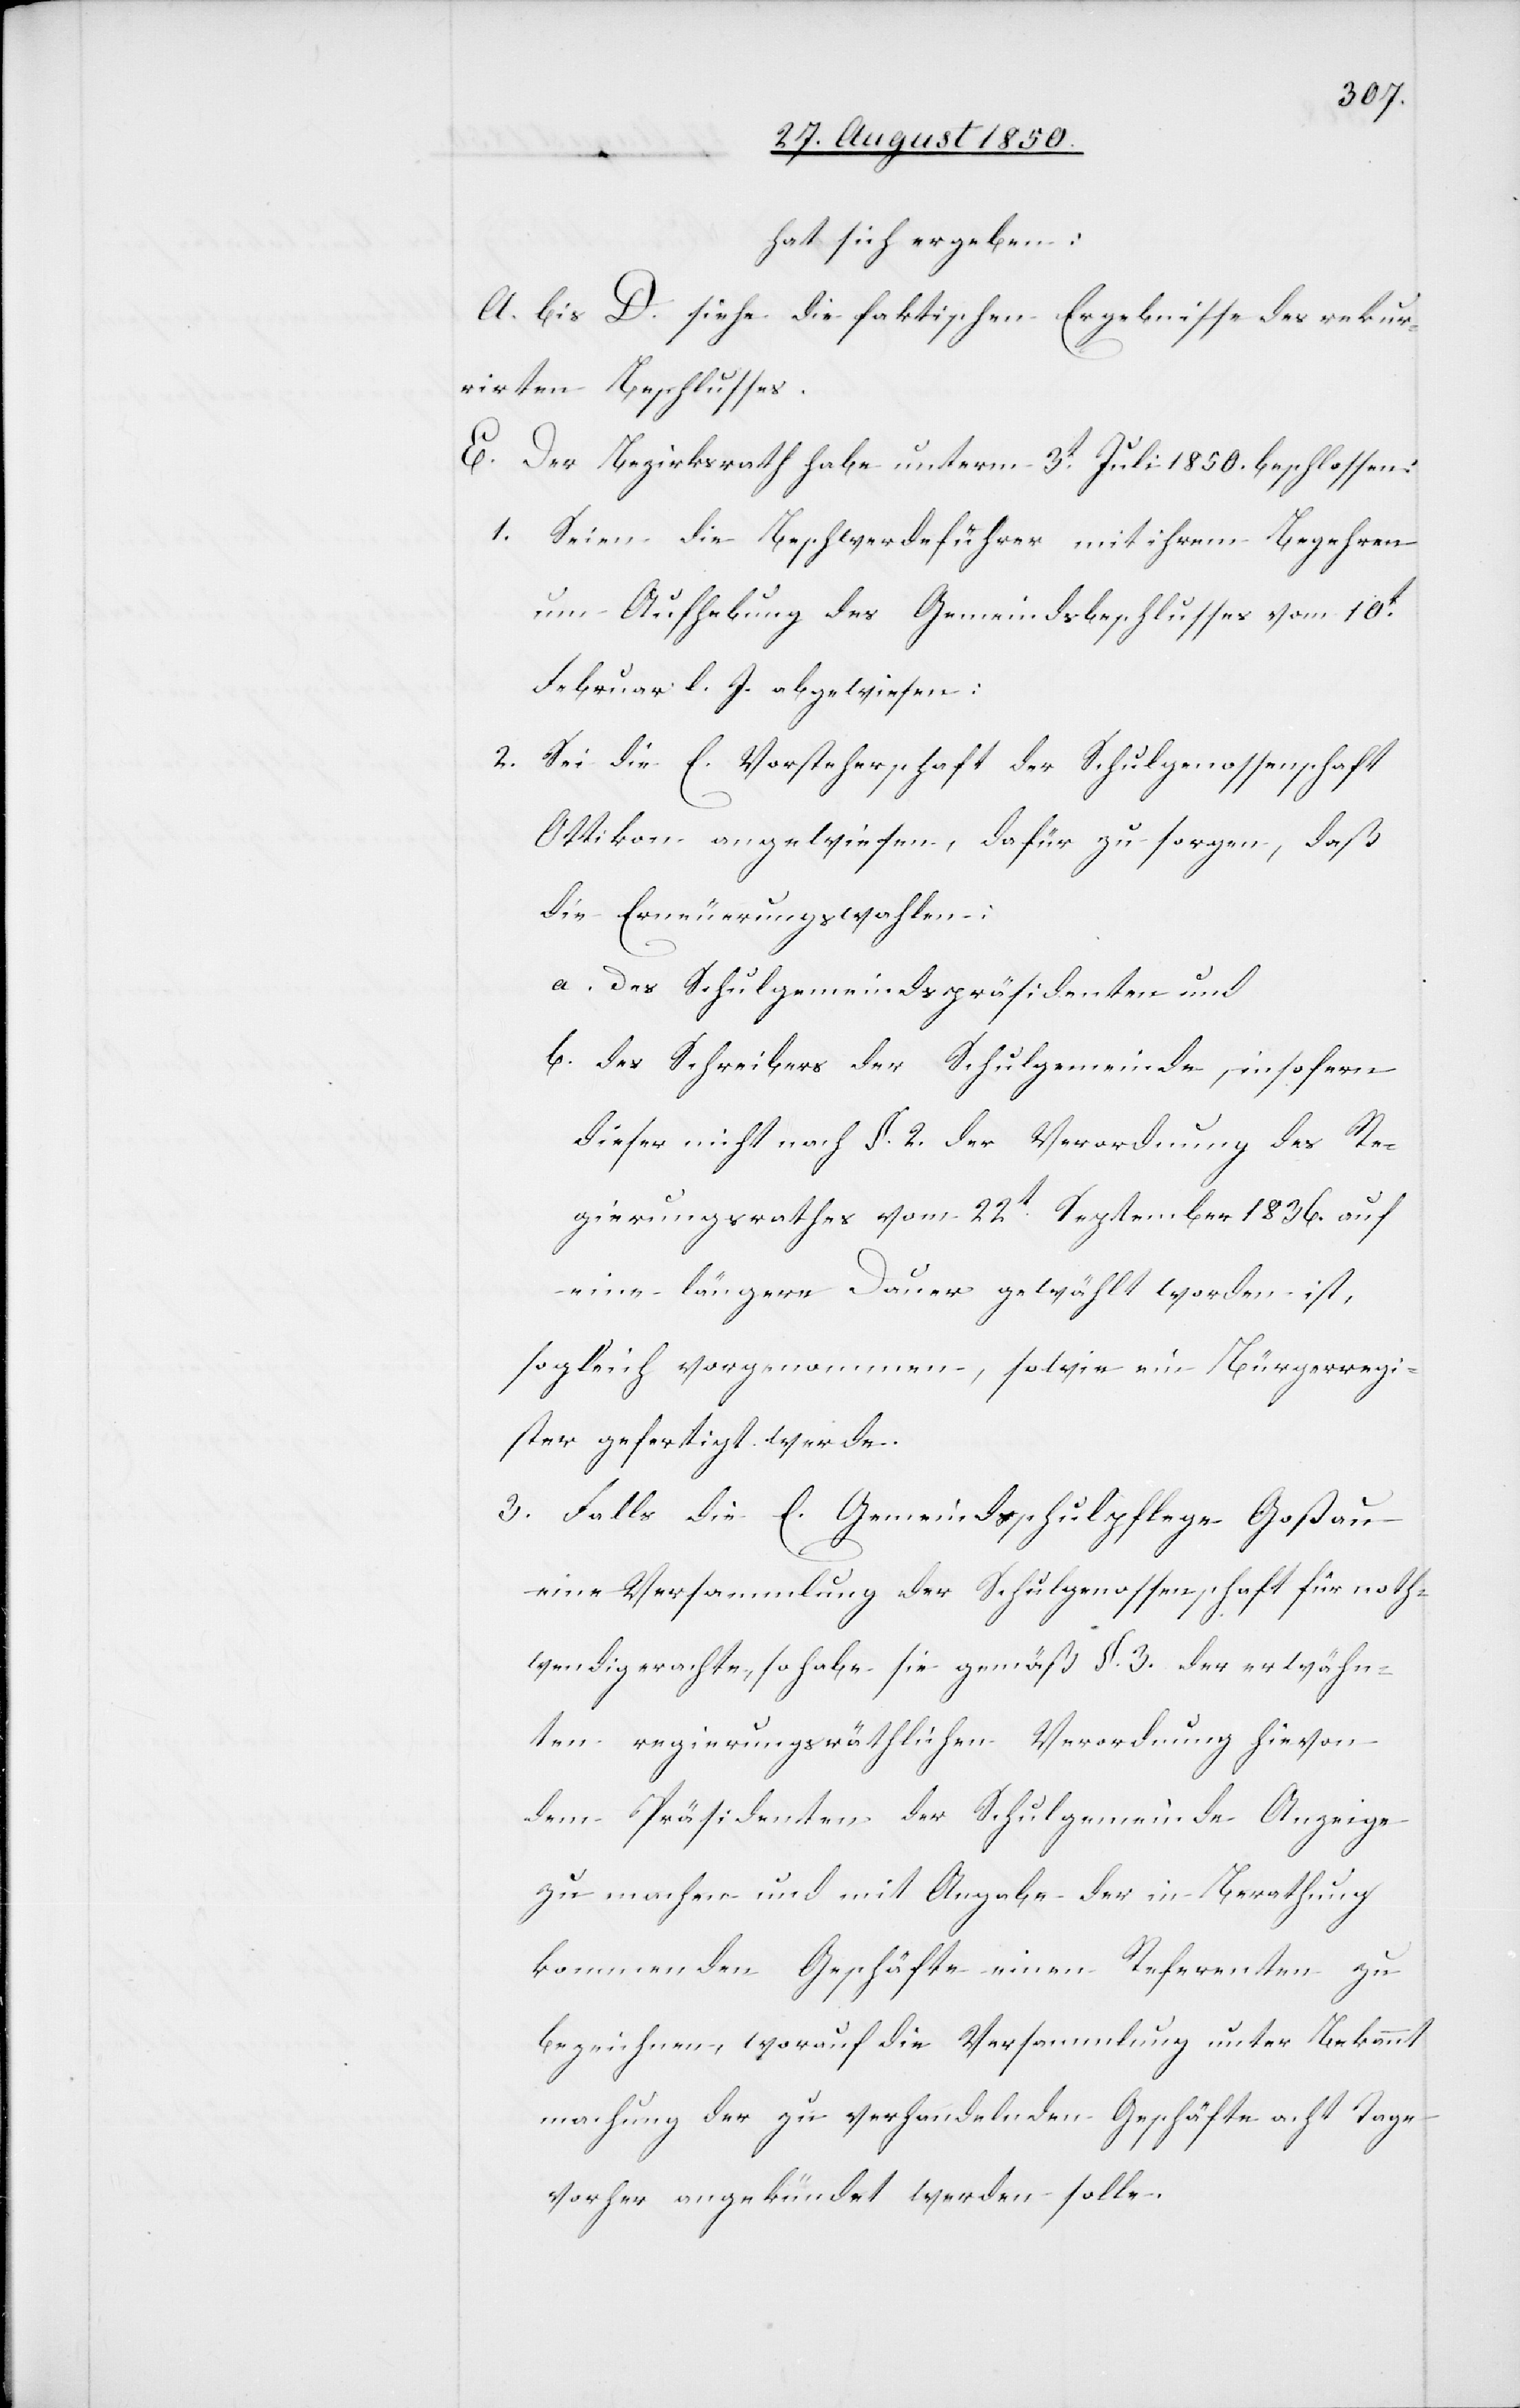
hat sich ergeben:
A. bis D. siehe die faktischen Ergebnisse des rekur¬
rirten Beschlusses.
E. Der Bezirksrath habe unterm 3t Juli 1850. beschlossen:
1. Seien die Beschwerdeführer mit ihrem Begehren
um Aufhebung des Gemeindsbeschlusses vom 10t
Februar l. J. abgewiesen:
2. Sei die E. Vorsteherschaft der Schulgenossenschaft
Ottikon angewiesen, dafür zu sorgen, daß
die Erneuerungswahlen:
a. des Schulgemeindspräsidenten und
b. des Schreibers der Schulgemeinde, insofern
dieser nicht nach §. 2. der Verordnung des Re¬
gierungsrathes vom 22t September 1836. auf
eine längere Dauer gewählt worden ist,
sogleich vorgenommen, sowie ein Bürgerregi¬
ster gefertigt werde.
3. Falls die E. Gemeindsschulpflege Goßau
eine Versammlung der Schulgenossenschaft für noth¬
wendig erachte, so habe sie gemäß §. 3. der erwähn¬
ten regierungsräthlichen Verordnung hievon
dem Präsidenten der Schulgemeinde Anzeige
zu machen und mit Angabe der in Berathung
kommenden Geschäfte einen Referenten zu
bezeichnen, worauf die Versammlung unter Bekannt¬
machung der zu verhandelnden Geschäfte acht Tage
vorher angekündet werden solle.